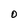
Character: O